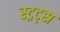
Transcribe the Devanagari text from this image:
स्ट्रट्स